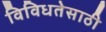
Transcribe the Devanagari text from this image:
विविधतेसाठी